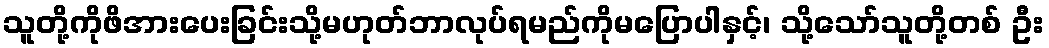
သူတို့ကိုဖိအားပေးခြင်းသို့မဟုတ်ဘာလုပ်ရမည်ကိုမပြောပါနှင့်၊ သို့သော်သူတို့တစ် ဦး